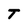
Character: T